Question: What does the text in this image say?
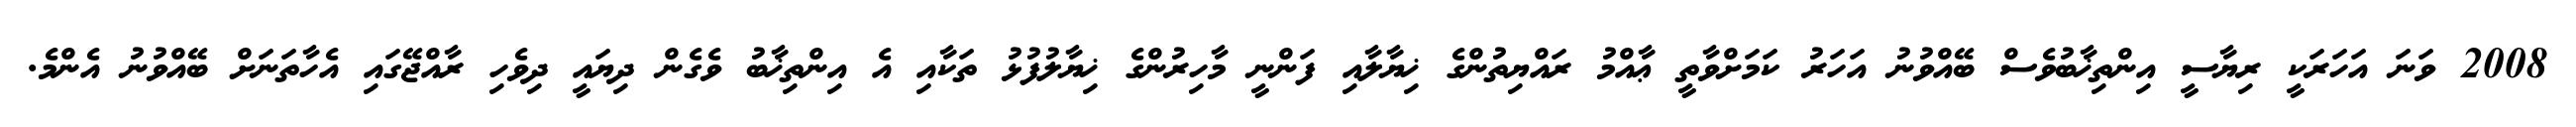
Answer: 2008 ވަނަ އަހަރަކީ ރިޔާސީ އިންތިޚާބުވެސް ބޭއްވުނު އަހަރު ކަމަށްވާތީ ޢާއްމު ރައްޔިތުންގެ ޚިޔާލާއި ފަންނީ މާހިރުންގެ ޚިޔާލުފުޅު ތަކާއި އެ އިންތިޚާބު ވެގެން ދިޔައީ ދިވެހި ރާއްޖޭގައި އެހާތަނަށް ބޭއްވުނު އެންމެ.